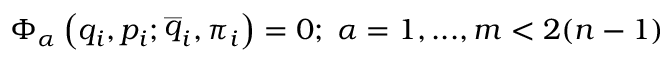
\Phi _ { \alpha } \left( q _ { i } , p _ { i } ; \stackrel { \_ } { q } _ { i } , \pi _ { i } \right) = 0 ; \; \alpha = 1 , . . . , m < 2 ( n - 1 )